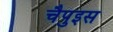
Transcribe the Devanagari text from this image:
चैपुइस